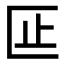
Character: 𫧎